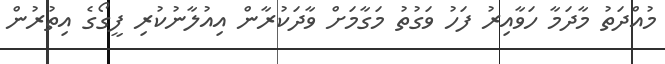
މުއްދަތު މާދަމާ ހަވާއިރު ފަހު ވަގުތު މަގާމަށް ވާދަކުރާން އިއުލާނުކުރި ފީގޯގެ އިތުރުން